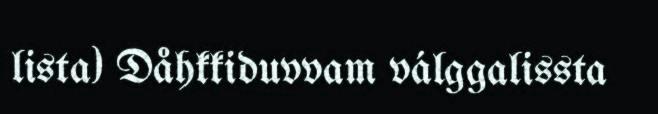
lista) Dåhkkiduvvam válggalissta